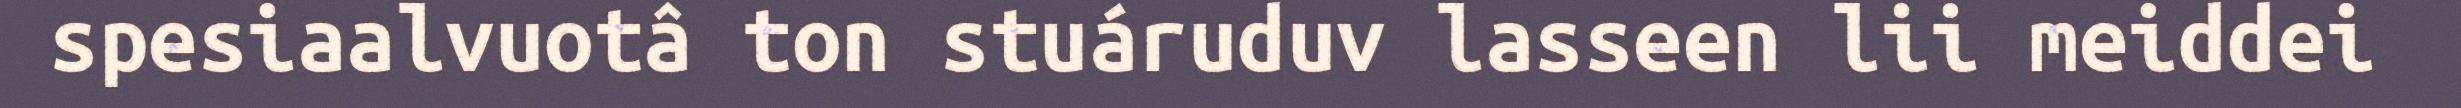
spesiaalvuotâ ton stuáruduv lasseen lii meiddei